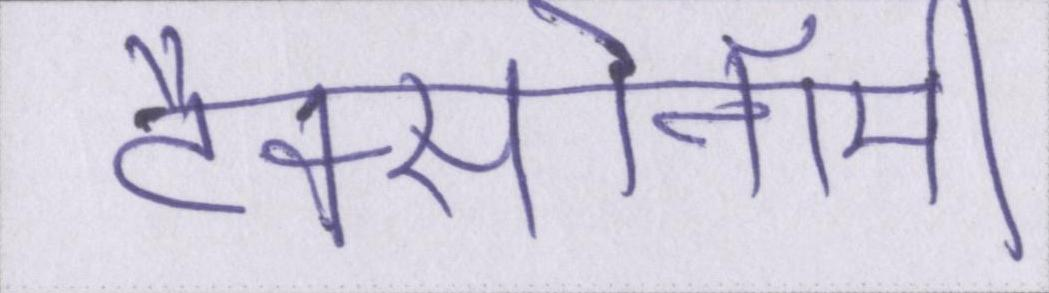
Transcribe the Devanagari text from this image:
टैक्सोनॉमी